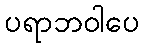
ပရာဘဝါပေ